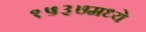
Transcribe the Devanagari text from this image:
१५३७मध्ये